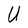
Character: U